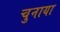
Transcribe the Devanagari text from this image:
चुनाया